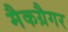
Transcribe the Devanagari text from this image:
मैकग्रैगर